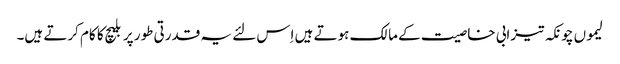
لیموں چونکہ تیزابی خاصیت کے مالک ہوتے ہیں اِس لئے یہ قدرتی طور پر بلیچ کا کام کرتے ہیں۔